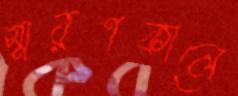
স্মরণকালে